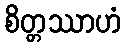
စိတ္တဿာဟံ